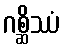
ဂစ္ဆိဿံ